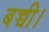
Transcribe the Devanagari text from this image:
बच्ची।